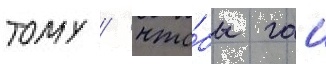
тому / что́бы гаи